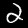
Digit: 2